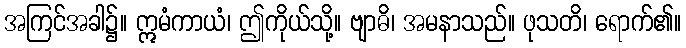
အကြင်အခါ၌။ ဣမံကာယံ၊ ဤကိုယ်သို့။ ဗျာဓိ၊ အမနာသည်။ ဖုသတိ၊ ရောက်၏။